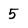
Character: 5